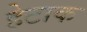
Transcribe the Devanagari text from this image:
हेटाक